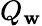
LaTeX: Q_{\mathbf{w}}